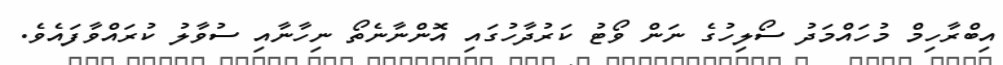
އިބްރާހިމް މުހައްމަދު ސޯލިހުގެ ނަން ވޯޓު ކަރުދާހުގައި އޮންނާނެތޯ ނިހާނާއި ސުވާލު ކުރައްވާފައެވެ.